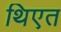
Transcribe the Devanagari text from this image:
थिएत